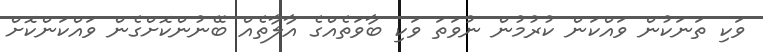
ވަކި ތަނަކުން ވައްކަން ކުރުމުން ނުވަތަ ވަކި ބާވަތެއްގެ އާލާތެއް ބޭނުންކޮށްގެން ވައްކަންކޮށް